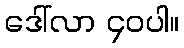
ဒေါ်လာ ၄၀ပါ။